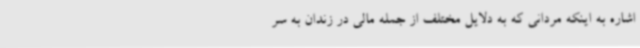
اشاره به اینکه مردانی که به دلایل مختلف از جمله مالی در زندان به سر